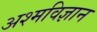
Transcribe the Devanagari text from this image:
अश्मविज्ञान